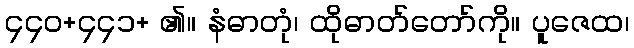
၄၄၀+၄၄၁+ ၏။ နံဓာတုံ၊ ထိုဓာတ်တော်ကို။ ပူဇေထ၊